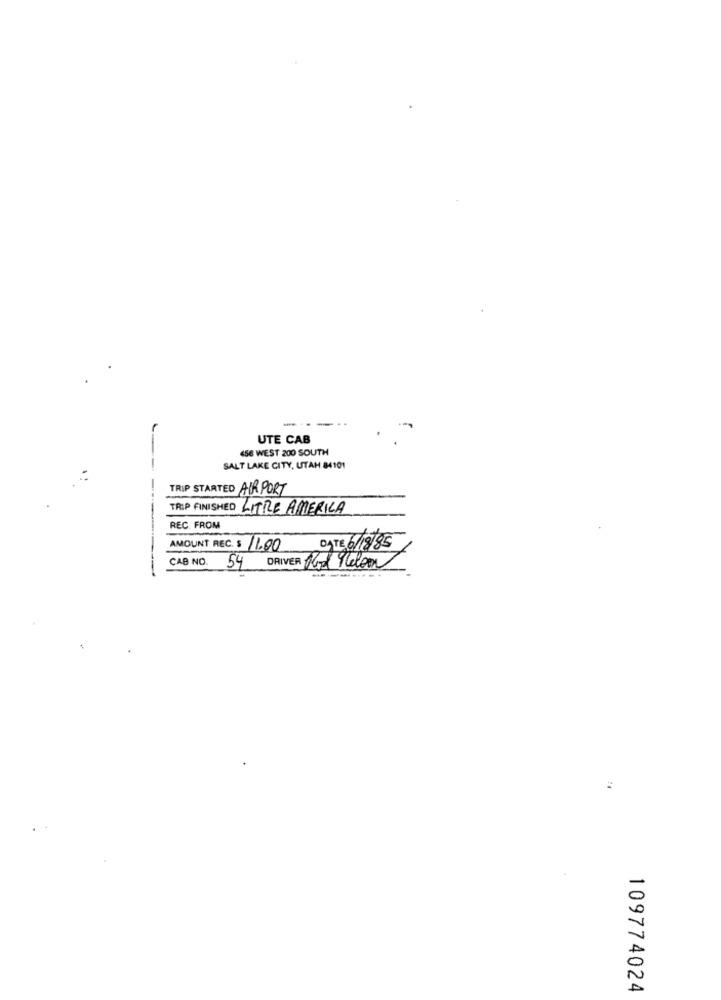
----..
UTE CAB
456 WEST 200 SOUTH
-
SALT LAKE CITY, UTAH 84101
TRIP STARTED AIRPORT
---
TRIP FINISHED LITRE AMERICA
-
REC. FROM
AMOUNT REC. $ 11.00
DATE 6/18/85
CAB NO.
54 DRIVER Ror Melon
.
109774024